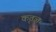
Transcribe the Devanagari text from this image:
कृतज्ञः